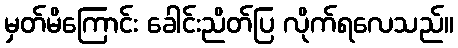
မှတ်မိကြောင်း ခေါင်းညိတ်ပြ လိုက်ရလေသည်။